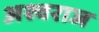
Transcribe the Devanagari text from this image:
अश्वराज